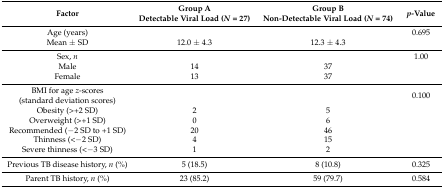
| Factor | Group ADetectable Viral Load (N = 27) | Group BNon-Detectable Viral Load (N = 74) | p-Value |
 | --- | --- | --- | --- |
 | Age (years) |  |  | 0.695 |
 | Mean ± SD | 12.0 ± 4.3 | 12.3 ± 4.3 |  |
 | Sex, n |  |  | 1.00 |
 | Male | 14 | 37 |  |
 | Female | 13 | 37 |  |
 | BMI for age z-scores(standard deviation scores) |  |  | 0.100 |
 | Obesity (>+2 SD) | 2 | 5 |  |
 | Overweight (>+1 SD) | 0 | 6 |  |
 | Recommended (−2 SD to +1 SD) | 20 | 46 |  |
 | Thinness (<−2 SD) | 4 | 15 |  |
 | Severe thinness (<−3 SD) | 1 | 2 |  |
 | Previous TB disease history, n (%) | 5 (18.5) | 8 (10.8) | 0.325 |
 | Parent TB history, n (%) | 23 (85.2) | 59 (79.7) | 0.584 |